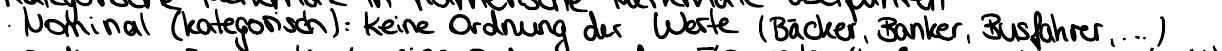
Nominal (kategorisch): keine Ordnung der Werte (Bäcker, Banker, Busfahrer, ...)